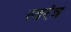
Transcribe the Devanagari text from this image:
स्वरंत्र